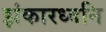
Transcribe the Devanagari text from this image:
झंकारध्वनि